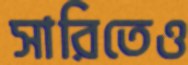
সারিতেও